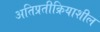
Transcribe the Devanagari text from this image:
अतिप्रतीक्रियाशील